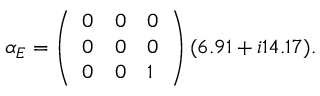
\boldsymbol { \alpha } _ { E } = \left( \begin{array} { l l l } { 0 } & { 0 } & { 0 } \\ { 0 } & { 0 } & { 0 } \\ { 0 } & { 0 } & { 1 } \end{array} \right) ( 6 . 9 1 + i 1 4 . 1 7 ) .